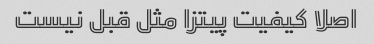
اصلا کیفیت پیتزا مثل قبل نیست